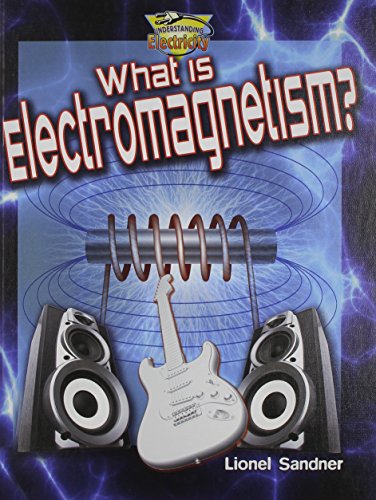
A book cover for What Is Electromagnetism? (Understanding Electricity); Reagan Miller; Children's Books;